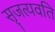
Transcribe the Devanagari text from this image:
सृजत्यवति